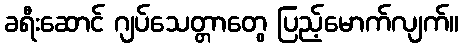
ခရီးဆောင် ဂျပ်သေတ္တာတွေ ပြည့်မောက်လျက်။